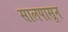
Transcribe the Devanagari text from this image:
सालपासून